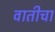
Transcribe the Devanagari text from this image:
वातीचा